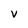
Character: V